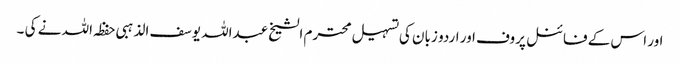
اور اس کے فائنل پروف اور اردو زبان کی تسہیل محترم الشیخ عبداللہ یوسف الذہبی حفظہ اللہ نے کی ۔